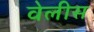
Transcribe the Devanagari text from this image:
वेलीस